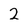
Character: 2